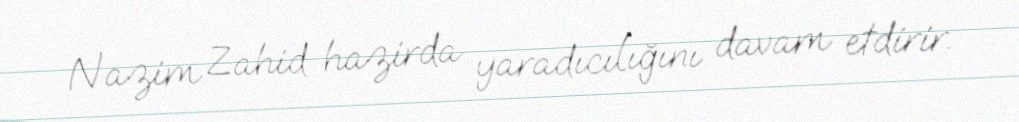
Nazim Zahid hazirda yaradıcılığını davam etdirir.